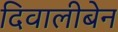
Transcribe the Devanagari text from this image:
दिवालीबेन